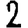
Digit: 2